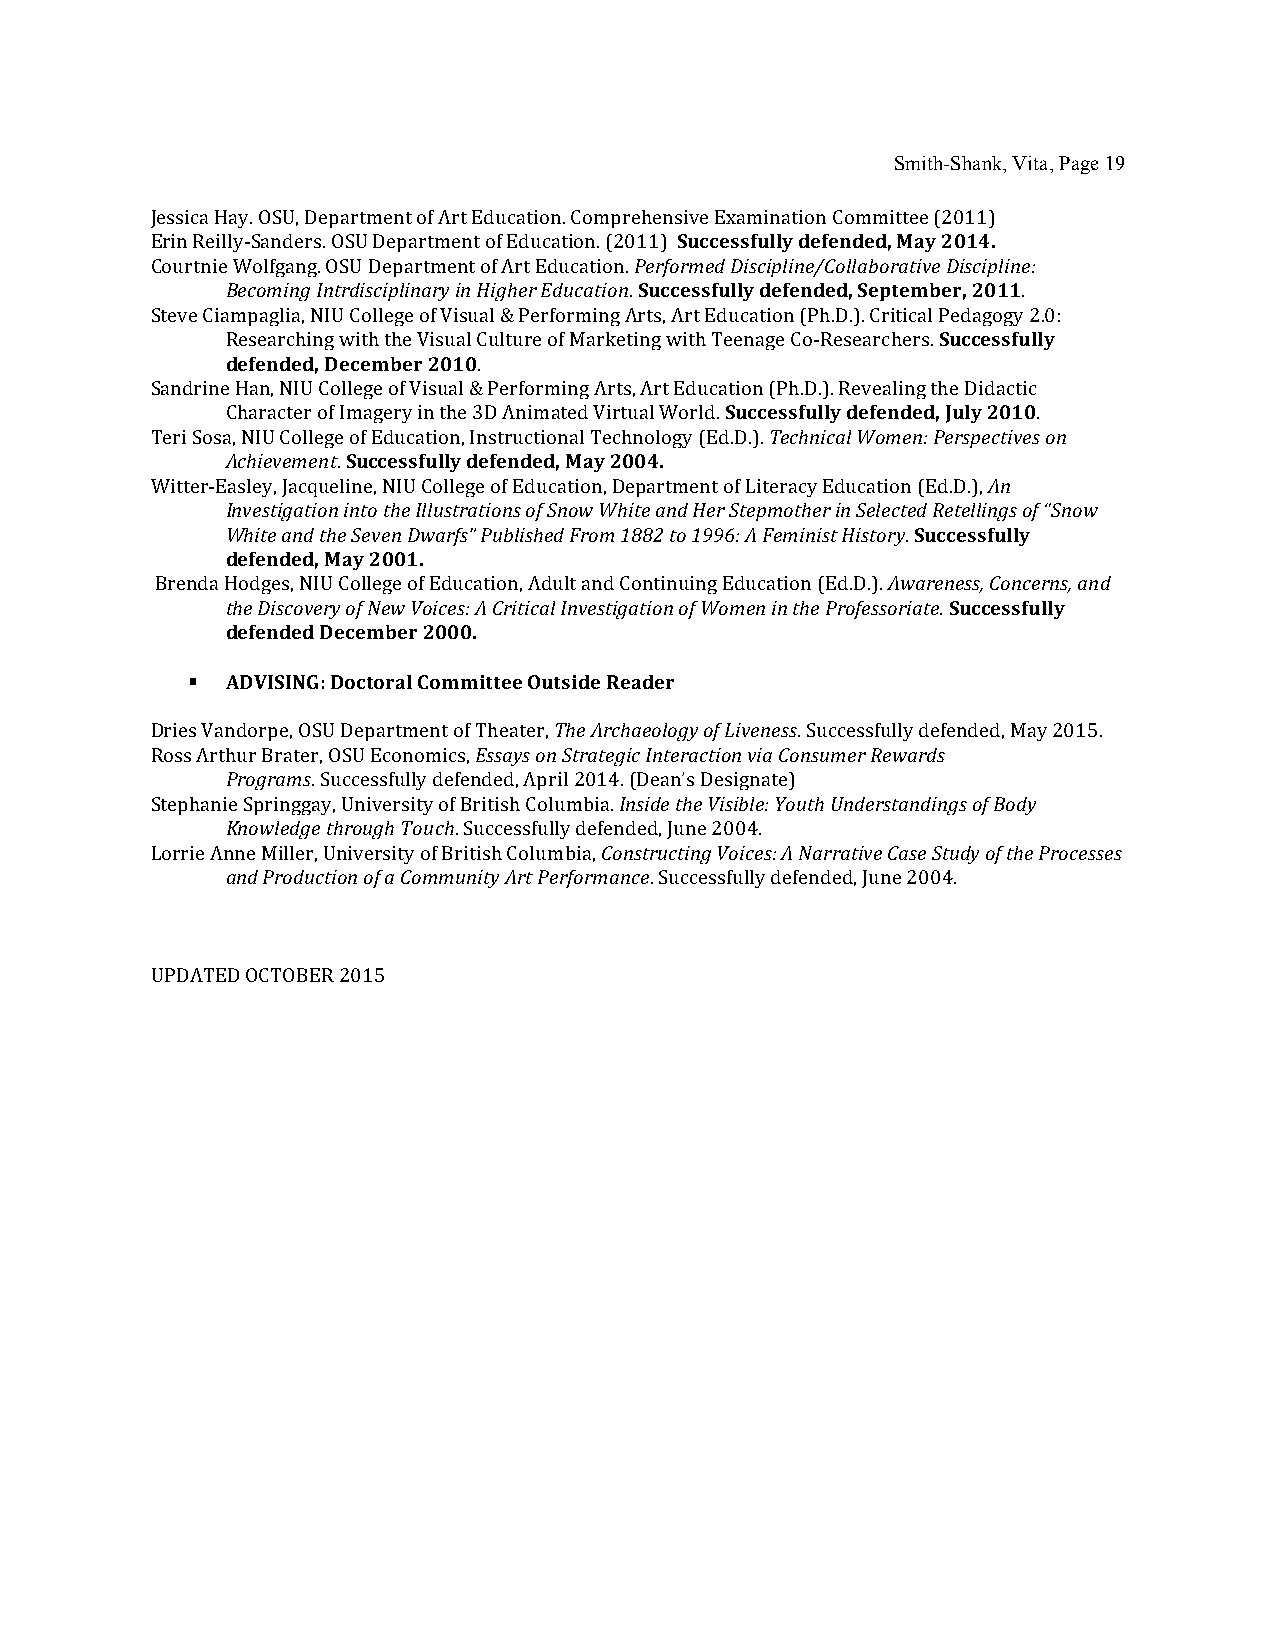
Smith-Shank, Vita, Page 19
 Jessica Hay. OSU, Department of Art Education. Comprehensive Examination Committee (2011)
 Erin Reilly-Sanders. OSU Department of Education. (2011) Successfully defended, May 2014.
 Courtnie Wolfgang. OSU Department of Art Education. Performed Discipline/Collaborative Discipline:
 Becoming Intrdisciplinary in Higher Education. Successfully defended, September, 2011.
 Steve Ciampaglia, NIU College of Visual & Performing Arts, Art Education (Ph.D.). Critical Pedagogy 2.0:
 Researching with the Visual Culture of Marketing with Teenage Co-Researchers. Successfully
 defended, December 2010.
 Sandrine Han, NIU College of Visual & Performing Arts, Art Education (Ph.D.). Revealing the Didactic
 Character of Imagery in the 3D Animated Virtual World. Successfully defended, July 2010.
 Teri Sosa, NIU College of Education, Instructional Technology (Ed.D.). Technical Women: Perspectives on
 Achievement. Successfully defended, May 2004.
 Witter-Easley, Jacqueline, NIU College of Education, Department of Literacy Education (Ed.D.), An
 Investigation into the Illustrations of Snow White and Her Stepmother in Selected Retellings of “Snow
 White and the Seven Dwarfs” Published From 1882 to 1996: A Feminist History. Successfully
 defended, May 2001.
 Brenda Hodges, NIU College of Education, Adult and Continuing Education (Ed.D.). Awareness, Concerns, and
 the Discovery of New Voices: A Critical Investigation of Women in the Professoriate. Successfully
 defended December 2000.
 §  ADVISING: Doctoral Committee Outside Reader
 Dries Vandorpe, OSU Department of Theater, The Archaeology of Liveness. Successfully defended, May 2015.
 Ross Arthur Brater, OSU Economics, Essays on Strategic Interaction via Consumer Rewards
 Programs. Successfully defended, April 2014. (Dean’s Designate)
 Stephanie Springgay, University of British Columbia. Inside the Visible: Youth Understandings of Body
 Knowledge through Touch. Successfully defended, June 2004.
 Lorrie Anne Miller, University of British Columbia, Constructing Voices: A Narrative Case Study of the Processes
 and Production of a Community Art Performance. Successfully defended, June 2004.
 UPDATED OCTOBER 2015